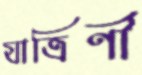
যাত্রিণী